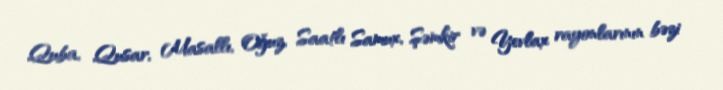
Quba, Qusar, Masallı, Oğuz, Saatlı Samux, Şəmkir və Yevlax rayonlarının bəzi